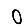
Digit: 0